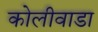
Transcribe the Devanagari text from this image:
कोलीवाडा